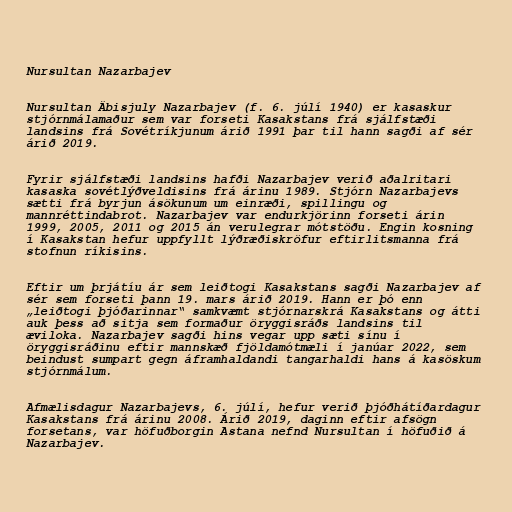
Nursultan Nazarbajev

Nursultan Äbisjuly Nazarbajev (f. 6. júlí 1940) er kasaskur
stjórnmálamaður sem var forseti Kasakstans frá sjálfstæði
landsins frá Sovétríkjunum árið 1991 þar til hann sagði af sér
árið 2019.

Fyrir sjálfstæði landsins hafði Nazarbajev verið aðalritari
kasaska sovétlýðveldisins frá árinu 1989. Stjórn Nazarbajevs
sætti frá byrjun ásökunum um einræði, spillingu og
mannréttindabrot. Nazarbajev var endurkjörinn forseti árin
1999, 2005, 2011 og 2015 án verulegrar mótstöðu. Engin kosning
í Kasakstan hefur uppfyllt lýðræðiskröfur eftirlitsmanna frá
stofnun ríkisins.

Eftir um þrjátíu ár sem leiðtogi Kasakstans sagði Nazarbajev af
sér sem forseti þann 19. mars árið 2019. Hann er þó enn
„leiðtogi þjóðarinnar“ samkvæmt stjórnarskrá Kasakstans og átti
auk þess að sitja sem formaður öryggisráðs landsins til
æviloka. Nazarbajev sagði hins vegar upp sæti sínu í
öryggisráðinu eftir mannskæð fjöldamótmæli í janúar 2022, sem
beindust sumpart gegn áframhaldandi tangarhaldi hans á kasöskum
stjórnmálum.

Afmælisdagur Nazarbajevs, 6. júlí, hefur verið þjóðhátíðardagur
Kasakstans frá árinu 2008. Árið 2019, daginn eftir afsögn
forsetans, var höfuðborgin Astana nefnd Nursultan í höfuðið á
Nazarbajev.